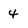
Character: 4